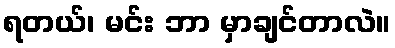
ရတယ်၊ မင်း ဘာ မှာချင်တာလဲ။